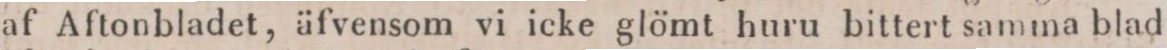
af Aftonbladet, äfvensom vi icke glömt huru bittert samma blad